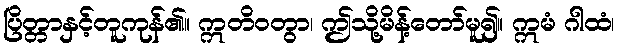
ပြိတ္တာနှင့်တူကုန်၏။ ဣတိဝတွာ၊ ဤသို့မိန့်တော်မူ၍။ ဣမံ ဂါထံ၊